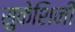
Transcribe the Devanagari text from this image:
सुकेशिनी